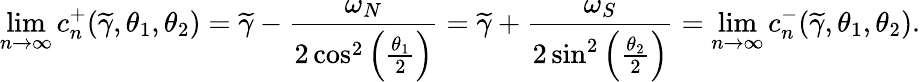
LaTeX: \operatorname*{lim}_{n\to\infty}c_{n}^{+}(\widetilde{\gamma},\theta_{1},\theta_{2})=\widetilde{\gamma}-\frac{\omega_{N}}{2\cos^{2}\left(\frac{\theta_{1}}{2}\right)}=\widetilde{\gamma}+\frac{\omega_{S}}{2\sin^{2}\left(\frac{\theta_{2}}{2}\right)}=\operatorname*{lim}_{n\to\infty}c_{n}^{-}(\widetilde{\gamma},\theta_{1},\theta_{2}).